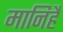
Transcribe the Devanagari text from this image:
मानिहैं